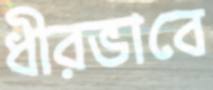
ধীরভাবে